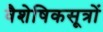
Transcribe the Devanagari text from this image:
वैशेषिकसूत्रों